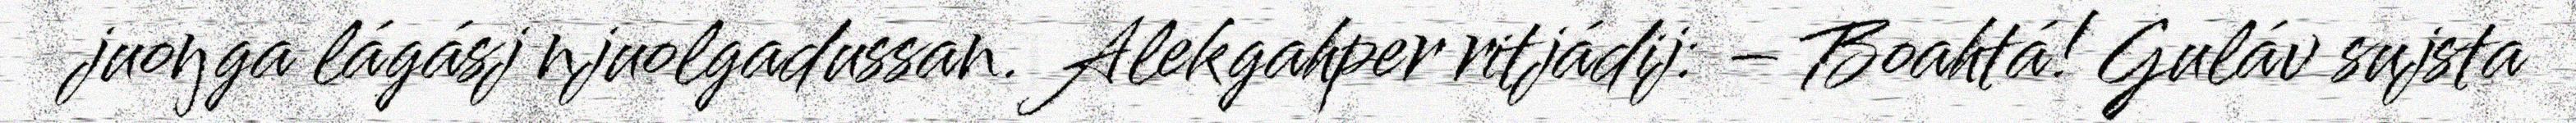
juoŋga lágásj njuolgadussan. Alekgahper ritjádij: – Boahtá! Guláv sujsta